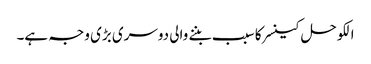
الکوحل کینسر کا سبب بننے والی دوسری بڑی وجہ ہے۔